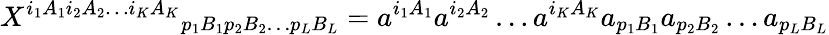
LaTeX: {X^{i_{1}A_{1}i_{2}A_{2}\ldots i_{K}A_{K}}}_{p_{1}B_{1}p_{2}B_{2}\ldots p_{L}B_{L}}=a^{i_{1}A_{1}}a^{i_{2}A_{2}}\ldots a^{i_{K}A_{K}}a_{p_{1}B_{1}}a_{p_{2}B_{2}}\ldots a_{p_{L}B_{L}}